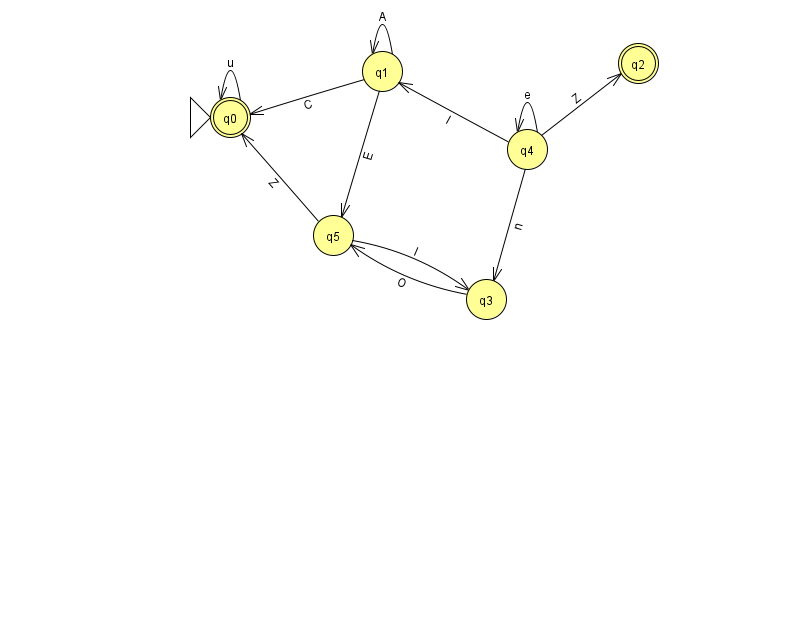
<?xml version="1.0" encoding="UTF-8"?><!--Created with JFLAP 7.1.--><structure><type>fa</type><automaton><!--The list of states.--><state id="0" name="q0"><x>230.0</x><y>104.0</y><initial/><final/></state><state id="1" name="q1"><x>382.0</x><y>58.0</y></state><state id="2" name="q2"><x>638.0</x><y>50.0</y><final/></state><state id="3" name="q3"><x>486.0</x><y>286.0</y></state><state id="4" name="q4"><x>527.0</x><y>136.0</y></state><state id="5" name="q5"><x>333.0</x><y>222.0</y></state><!--The list of transitions.--><transition><from>1</from><to>1</to><read>A</read></transition><transition><from>1</from><to>5</to><read>E</read></transition><transition><from>3</from><to>5</to><read>O</read></transition><transition><from>5</from><to>0</to><read>Z</read></transition><transition><from>0</from><to>0</to><read>u</read></transition><transition><from>4</from><to>4</to><read>e</read></transition><transition><from>5</from><to>3</to><read>I</read></transition><transition><from>4</from><to>1</to><read>I</read></transition><transition><from>4</from><to>3</to><read>n</read></transition><transition><from>4</from><to>2</to><read>Z</read></transition><transition><from>1</from><to>0</to><read>C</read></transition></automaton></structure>